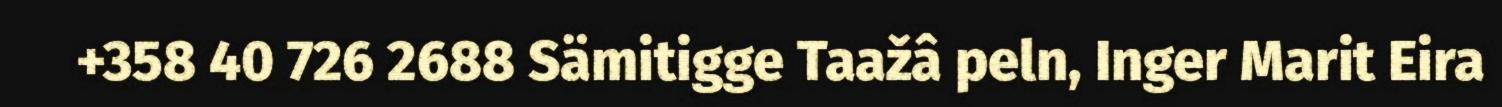
+358 40 726 2688 Sämitigge Taažâ peln, Inger Marit Eira